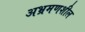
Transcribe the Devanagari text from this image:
अभ्रमणशील